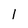
Character: l